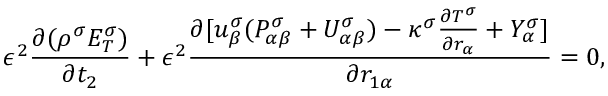
\epsilon ^ { 2 } \frac { \partial ( \rho ^ { \sigma } E _ { T } ^ { \sigma } ) } { \partial t _ { 2 } } + \epsilon ^ { 2 } \frac { \partial [ u _ { \beta } ^ { \sigma } ( P _ { \alpha \beta } ^ { \sigma } + U _ { \alpha \beta } ^ { \sigma } ) - \kappa ^ { \sigma } \frac { \partial T ^ { \sigma } } { \partial r _ { \alpha } } + Y _ { \alpha } ^ { \sigma } ] } { \partial r _ { 1 \alpha } } = 0 ,